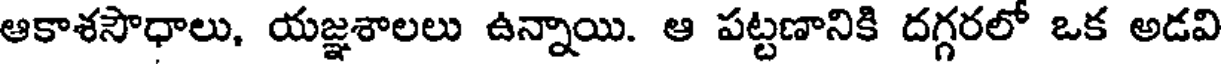
ఆకాశసౌధాలు, యజ్ఞశాలలు ఉన్నాయి. ఆ పట్టణానికి దగ్గరలో ఒక అడవి